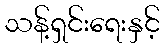
သန့်ရှင်းရေးနှင့်